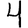
Digit: 4